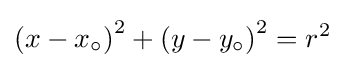
\left(x-x_{\circ }\right)^{2}+\left(y-y_{\circ }\right)^{2}=r^{2}